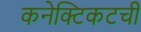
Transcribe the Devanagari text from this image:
कनेक्टिकटची